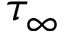
\tau _ { \infty }